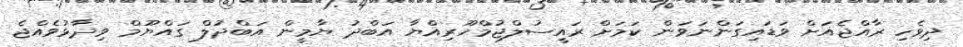
ދިވެހި ރާއްޖެއަށް ވަޑައިގަންނަވަން ކަމަށް ރައީސުލްޖުމްހޫރިއްޔާ އަބްދު ޔާމީން އަބްދުލް ގައްޔޫމް ވިދާޅުވެއްޖެ